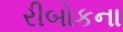
રીબોકના